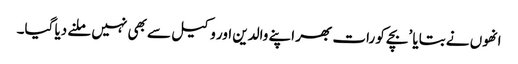
انھوں نے بتایا ’بچے کو رات بھر اپنے والدین اور وکیل سے بھی نہیں ملنے دیا گیا۔